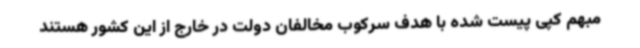
مبهم کپی پیست شده با هدف سرکوب مخالفان دولت در خارج از این کشور هستند